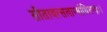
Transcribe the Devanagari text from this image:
सीतावत्सलाम्बोधिचन्द्रः।